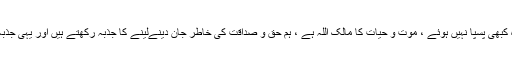
اہل حق کے سامنے ہمیشہ صلیب و دار کے مرحلے رہے ہیں لیکن وہ کبھی پسپا نہیں ہوئے ، موت و حیات کا مالک اللہ ہے ، ہم حق و صداقت کی خاطر جان دینےلینے کا جذبہ رکھتے ہیں اور یہی جذبہ روح ایمان اور تخم اسلام ہے ورنہ جو کچھ ہے سب ہوا و ہوس ہے ۔